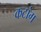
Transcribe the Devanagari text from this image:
कटांग